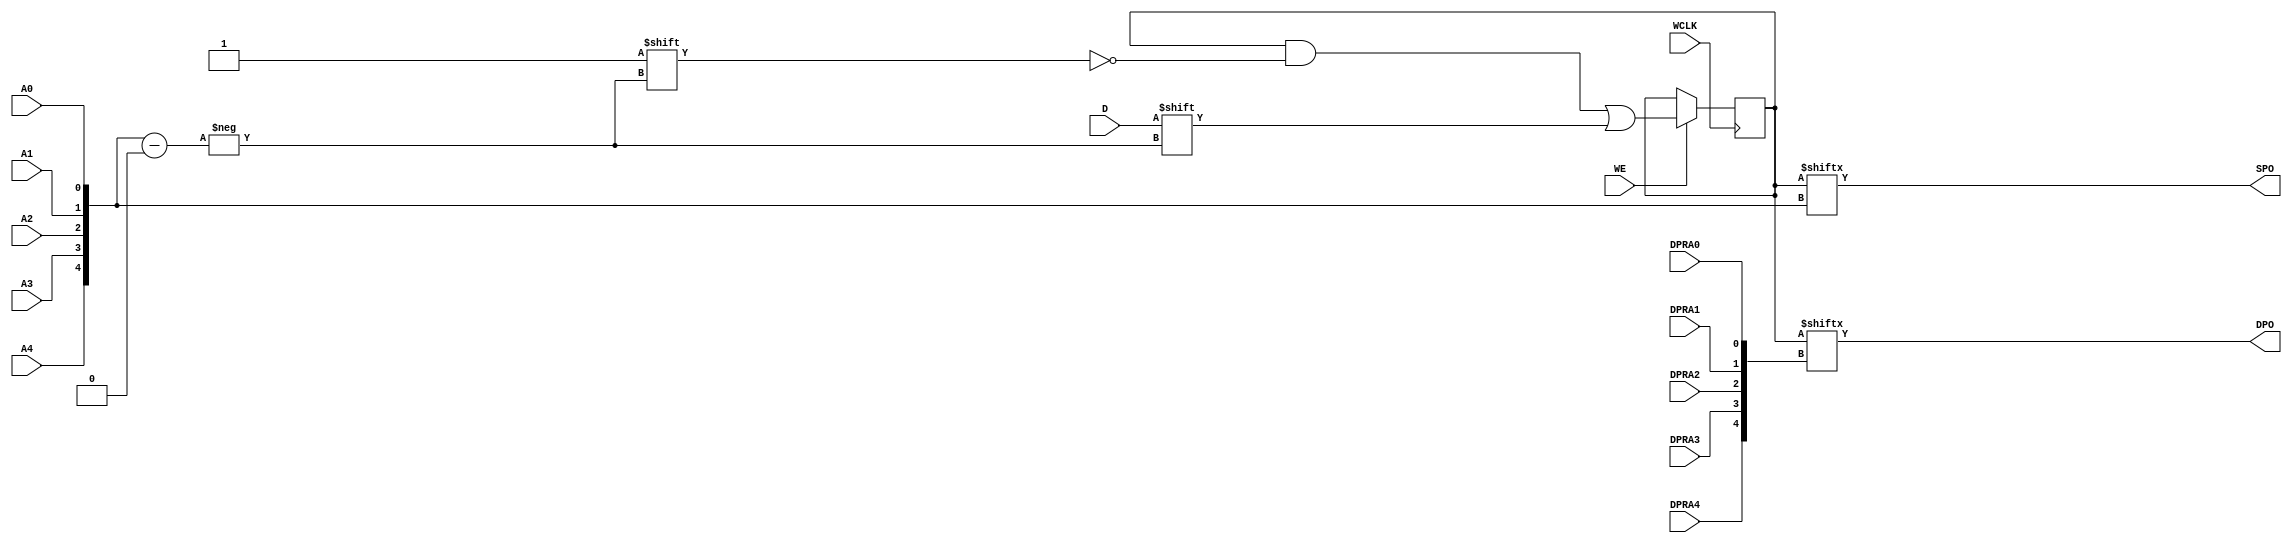
`ifdef verilator3
`else
`timescale 1 ps / 1 ps
`endif
//
// RAM32X1D primitive for Xilinx FPGAs
// Compatible with Verilator tool (www.veripool.org)
// Copyright (c) 2019-2022 Frdric REQUIN
// License : BSD
//

module RAM32X1D
#(
    parameter  [31:0] INIT = 32'h0,
    parameter   [0:0] IS_WCLK_INVERTED = 1'b0
)
(
    // Write clock
    input  wire       WCLK,
    // Write enable
    input  wire       WE,
    // Read / Write address
    input  wire       A0,
    input  wire       A1,
    input  wire       A2,
    input  wire       A3,
    input  wire       A4,
    // Read address
    input  wire       DPRA0,
    input  wire       DPRA1,
    input  wire       DPRA2,
    input  wire       DPRA3,
    input  wire       DPRA4,
    // Data in
    input  wire       D,
    // Data out
    output wire       SPO,
    output wire       DPO
);
    // Read / Write address
    wire  [4:0] _w_A    = { A4, A3, A2, A1, A0 };
    // Read address
    wire  [4:0] _w_DPRA = { DPRA4, DPRA3, DPRA2, DPRA1, DPRA0 };
    // 32 x 1-bit Select RAM
    reg  [31:0] _r_mem;
    
    // Power-up value
    initial begin : INIT_STATE
        _r_mem = INIT;
    end
    
    // Synchronous memory write
    generate
        if (IS_WCLK_INVERTED) begin : GEN_WCLK_NEG
            always @(negedge WCLK) begin : MEM_WRITE
            
                if (WE) begin
                    _r_mem[_w_A] <= D;
                end
            end
        end
        else begin : GEN_WCLK_POS
            always @(posedge WCLK) begin : MEM_WRITE
            
                if (WE) begin
                    _r_mem[_w_A] <= D;
                end
            end
        end
    endgenerate
    
    // Asynchronous memory read
    assign SPO = _r_mem[_w_A];
    assign DPO = _r_mem[_w_DPRA];

endmodule